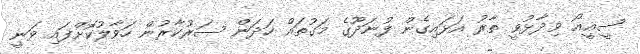
ސީއީއޯ ވިދާޅުވީ ތާރު އަޅައިގެން ފުނަދޫގެ މަގުތައް ހަދަން ސަރުކާރުން ހަވާލުކޮށްފައި ވަނީ